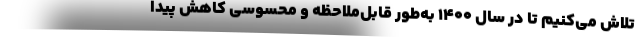
تلاش می‌کنیم تا در سال ۱۴۰۰ به‌طور قابل‌ملاحظه و محسوسی کاهش پیدا